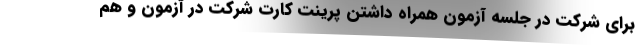
برای شرکت در جلسه آزمون همراه داشتن پرینت کارت شرکت در آزمون و هم